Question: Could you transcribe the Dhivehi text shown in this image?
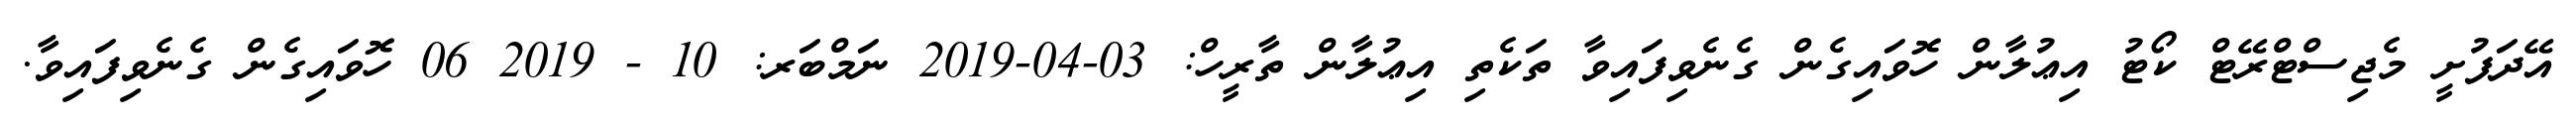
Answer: އޭދަފުށީ މެޖިސްޓްރޭޓް ކޯޓު އިޢުލާން ހޮވައިގެން ގެނެވިފައިވާ ތަކެތި އިޢުލާން ތާރީހް: 03-04-2019 ނަމްބަރ: 10 - 2019 06 ހޮވައިގެން ގެނެވިފައިވާ.